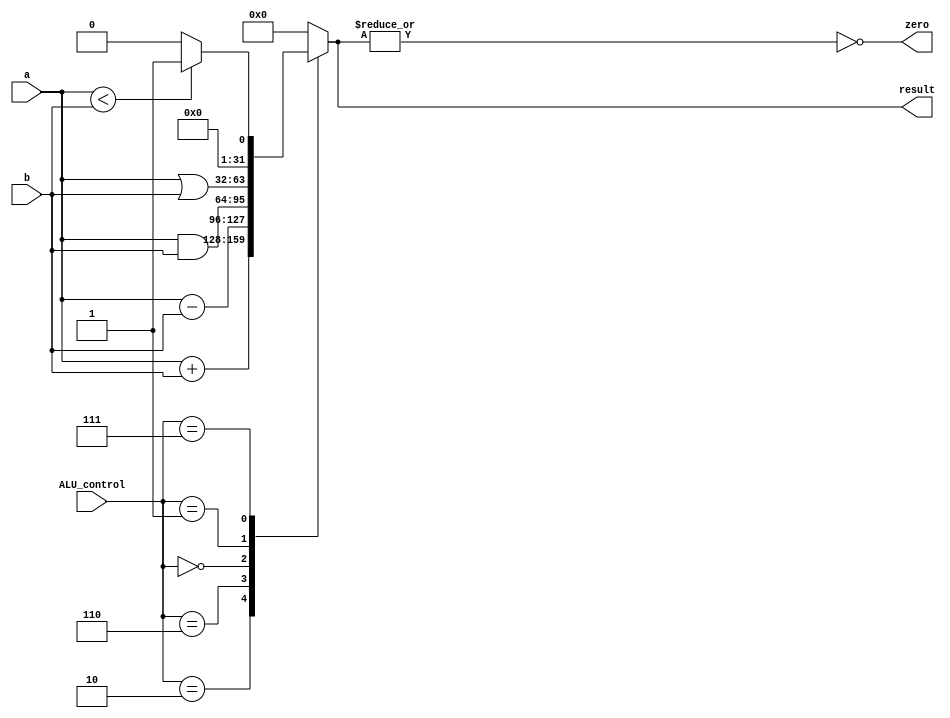
`timescale 1ns / 1ps
//////////////////////////////////////////////////////////////////////////////////
// Company: 
// Engineer: 
// 
// Design Name: 
// Module Name: ALU
// Project Name: 
// Target Devices: 
// Tool Versions: 
// Description: 
// 
// Dependencies: 
// 
// Revision:
// Revision 0.01 - File Created
// Additional Comments:
// 
//////////////////////////////////////////////////////////////////////////////////


module ALU(zero, result, a, b, ALU_control);
    parameter word = 32;
    input   [word - 1:0]    a,           b;
    input   [3:0]           ALU_control;
    output                  zero;
    output  [word - 1:0]    result;
    
    reg     [word - 1:0]    result;
    
    initial begin
        result = 0;
    end
    
    always @(a or b or ALU_control) begin
        case (ALU_control)
            // add
            4'b0010: result = a + b;
            // sub
            4'b0110: result = a - b;
            // and
            4'b0000: result = a & b;
            // or
            4'b0001: result = a | b;
            // slt
            4'b0111: result = (a < b)?1:0;
            default: result = 0;
        endcase
    end
    
    assign zero = ~(|(result[31:0]));
endmodule